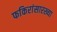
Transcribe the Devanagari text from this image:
फकिरांसारख्या